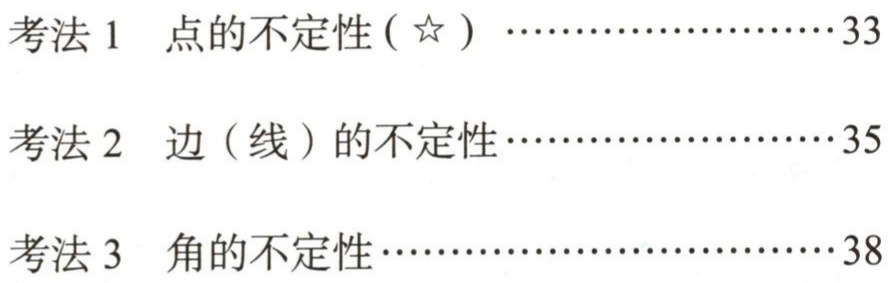
考法 1  点的不定性 ($\star$) ........................33

考法 2  边（线）的不定性..........................35

考法 3  角的不定性...............................38